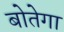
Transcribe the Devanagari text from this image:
बोतेगा